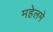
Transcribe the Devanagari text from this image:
महेलमे